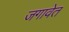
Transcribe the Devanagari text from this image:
जगावेत